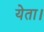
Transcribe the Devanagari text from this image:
येता।